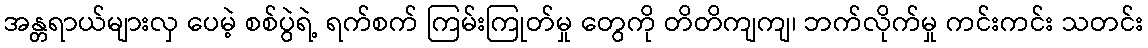
အန္တရာယ်များလှ ပေမဲ့ စစ်ပွဲရဲ့ ရက်စက် ကြမ်းကြုတ်မှု တွေကို တိတိကျကျ၊ ဘက်လိုက်မှု ကင်းကင်း သတင်း